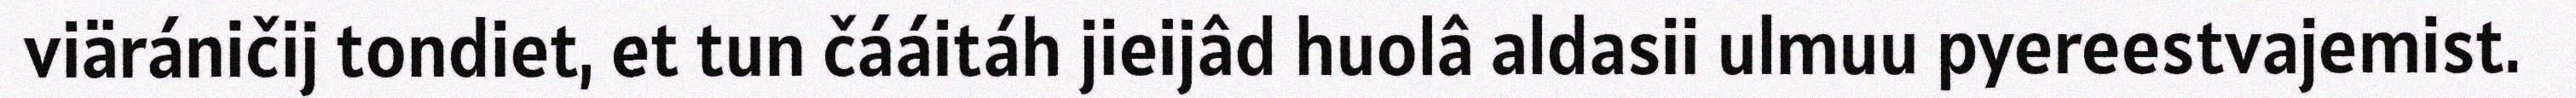
viäráničij tondiet, et tun čááitáh jieijâd huolâ aldasii ulmuu pyereestvajemist.